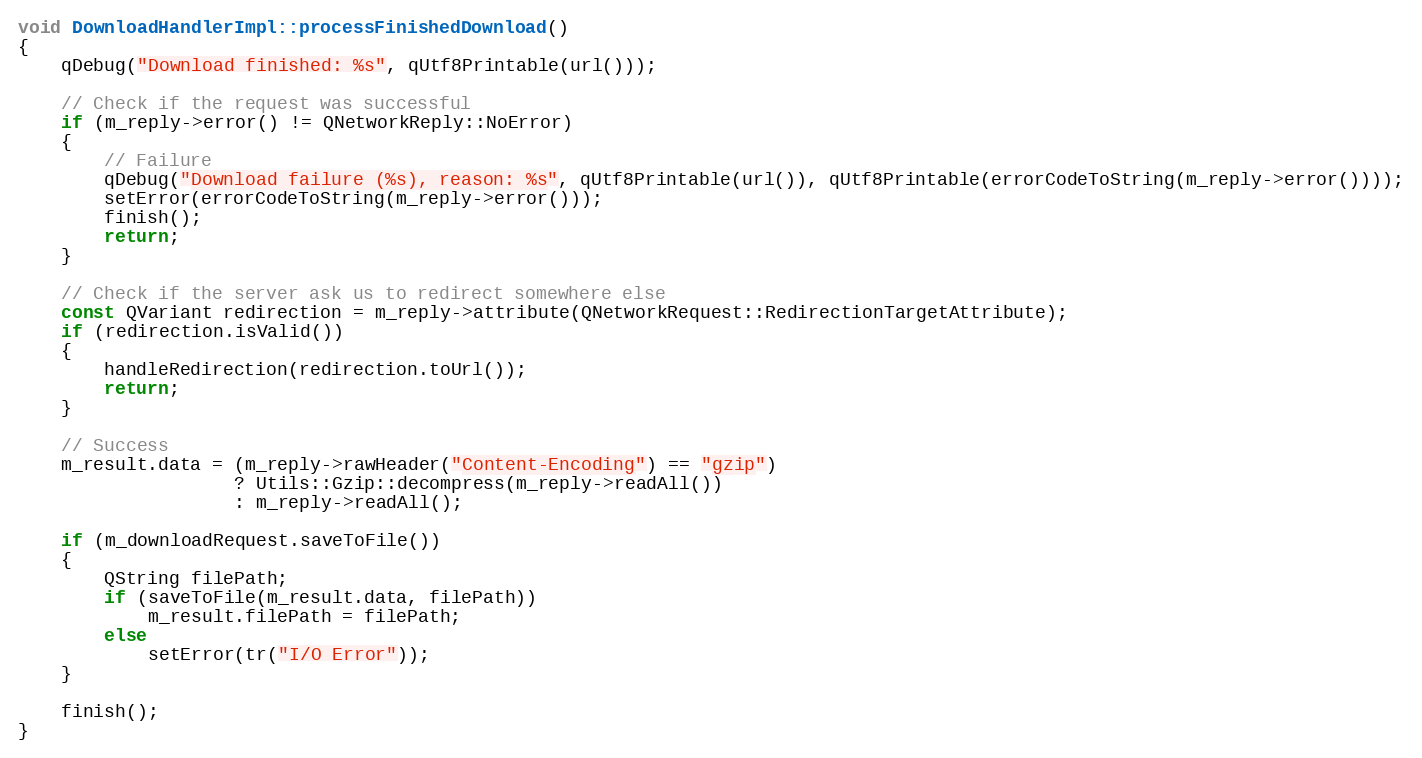
Language: C++
void DownloadHandlerImpl::processFinishedDownload()
{
    qDebug("Download finished: %s", qUtf8Printable(url()));

    // Check if the request was successful
    if (m_reply->error() != QNetworkReply::NoError)
    {
        // Failure
        qDebug("Download failure (%s), reason: %s", qUtf8Printable(url()), qUtf8Printable(errorCodeToString(m_reply->error())));
        setError(errorCodeToString(m_reply->error()));
        finish();
        return;
    }

    // Check if the server ask us to redirect somewhere else
    const QVariant redirection = m_reply->attribute(QNetworkRequest::RedirectionTargetAttribute);
    if (redirection.isValid())
    {
        handleRedirection(redirection.toUrl());
        return;
    }

    // Success
    m_result.data = (m_reply->rawHeader("Content-Encoding") == "gzip")
                    ? Utils::Gzip::decompress(m_reply->readAll())
                    : m_reply->readAll();

    if (m_downloadRequest.saveToFile())
    {
        QString filePath;
        if (saveToFile(m_result.data, filePath))
            m_result.filePath = filePath;
        else
            setError(tr("I/O Error"));
    }

    finish();
}